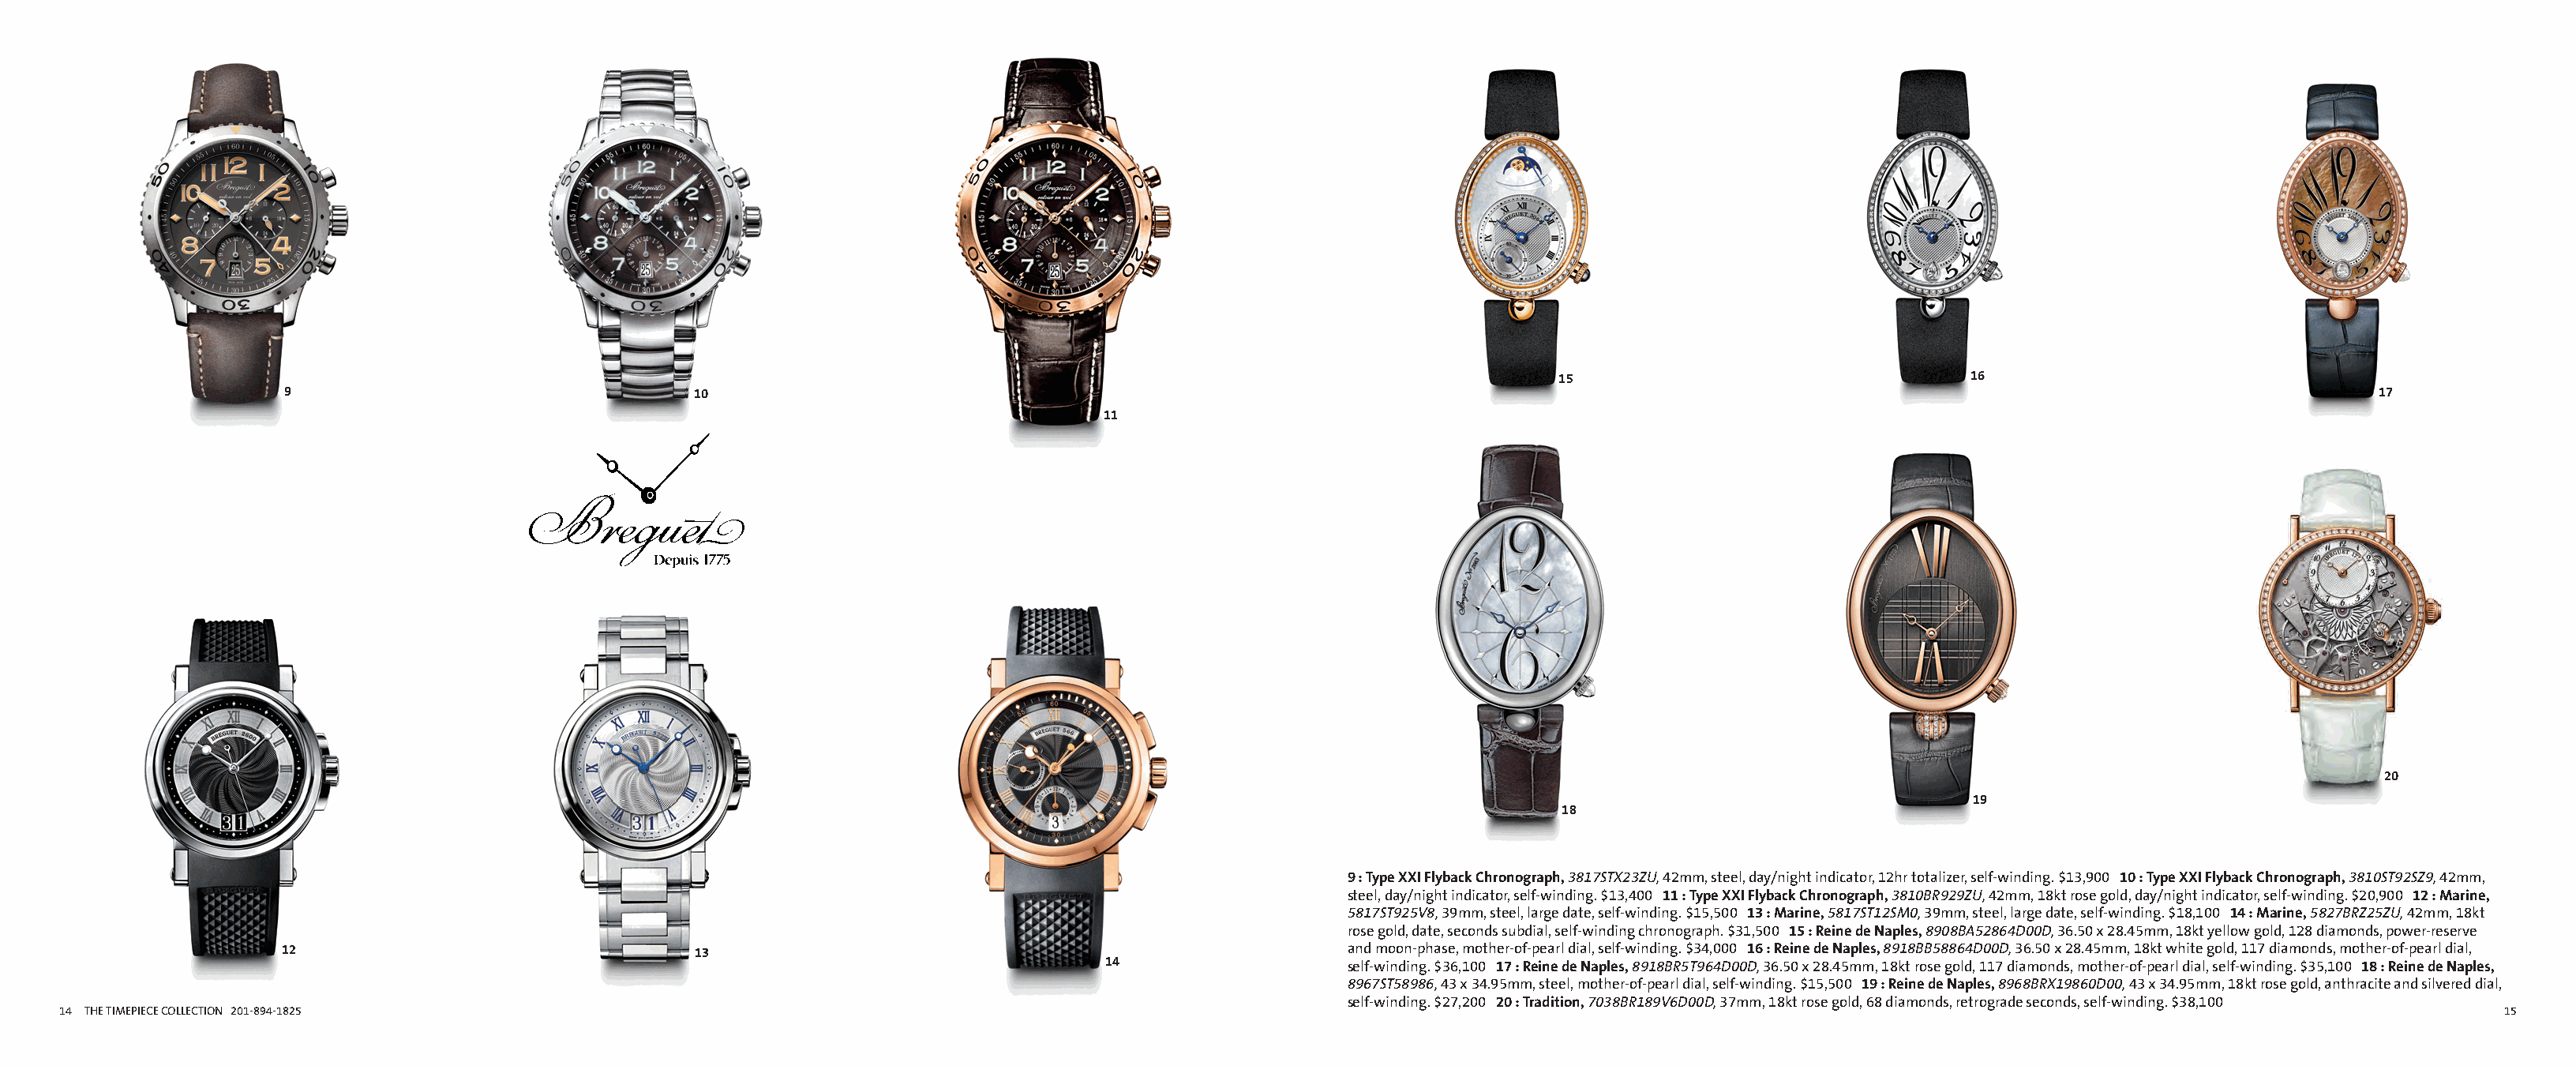
Alternate Insight ai135487b_14 Proof 1                                                              Alternate Insight ai135487b_15 Proof 1
 FullCatalogMech Text                                                                                      FullCatalogMech Text
 15                                16
 9                                 10                                                                                                                                           17
 11
 20
 19
 18
 9 : Type XXI Flyback Chronograph, 3817STX23ZU, 42mm, steel, day/night indicator, 12hr totalizer, self-winding. $13,900 10 : Type XXI Flyback Chronograph, 3810ST92SZ9, 42mm,
 steel, day/night indicator, self-winding. $13,400 11 : Type XXI Flyback Chronograph, 3810BR929ZU, 42mm, 18kt rose gold, day/night indicator, self-winding. $20,900 12 : Marine,
 5817ST925V8, 39mm, steel, large date, self-winding. $15,500 13 : Marine, 5817ST12SM0, 39mm, steel, large date, self-winding. $18,100 14 : Marine, 5827BRZ25ZU, 42mm, 18kt
 rose gold, date, seconds subdial, self-winding chronograph. $31,500 15 : Reine de Naples, 8908BA52864D00D, 36.50 x 28.45mm, 18kt yellow gold, 128 diamonds, power-reserve
 12                                13                                                     and moon-phase, mother-of-pearl dial, self-winding. $34,000 16 : Reine de Naples, 8918BB58864D00D, 36.50 x 28.45mm, 18kt white gold, 117 diamonds, mother-of-pearl dial,
 14                  self-winding. $36,100 17 : Reine de Naples, 8918BR5T964D00D, 36.50 x 28.45mm, 18kt rose gold, 117 diamonds, mother-of-pearl dial, self-winding. $35,100 18 : Reine de Naples,
 8967ST58986, 43 x 34.95mm, steel, mother-of-pearl dial, self-winding. $15,500 19 : Reine de Naples, 8968BRX19860D00, 43 x 34.95mm, 18kt rose gold, anthracite and silvered dial,
 self-winding. $27,200 20 : Tradition, 7038BR189V6D00D, 37mm, 18kt rose gold, 68 diamonds, retrograde seconds, self-winding. $38,100
 14 THE TIMEPIECE COLLECTION 201-894-1825                                                                                                                                                              15
 Cyan Magenta Yellow Black                                                                                   Cyan Magenta Yellow Black